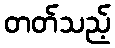
တတ်သည့်